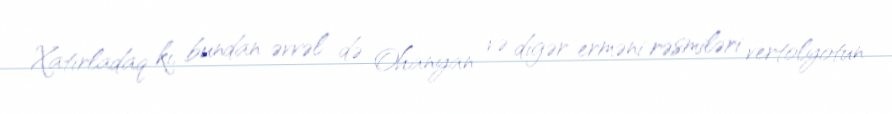
Xatırladaq ki, bundan əvvəl də Ohanyan və digər erməni rəsmiləri vertolyotun